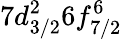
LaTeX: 7d_{3/2}^{2}6f_{7/2}^{6}